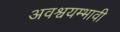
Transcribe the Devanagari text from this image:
अवश्वयम्भावी